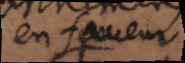
en faveur